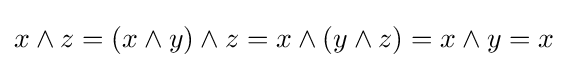
x\wedge z=(x\wedge y)\wedge z=x\wedge (y\wedge z)=x\wedge y=x